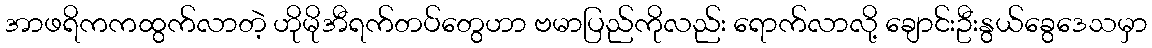
အာဖရိကကထွက်လာတဲ့ ဟိုမိုအီရက်တပ်တွေဟာ ဗမာပြည်ကိုလည်း ရောက်လာလို့ ချောင်းဦးနွယ်ခွေဒေသမှာ